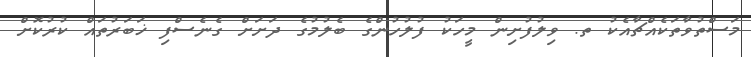
މަސްތުވާތަކެއްޗާއެކު ތ. ވިލުފުށިން މީހަކު ފުލުހުންގެ ބެލުމުގެ ދަށަށް ގެނެސްފި ޚަބަރުތައް ކުރުކޮށް